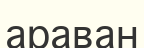
араван